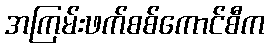
အကြမ်းဖက်စစ်ကောင်စီက